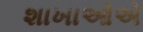
શાખાઓએ